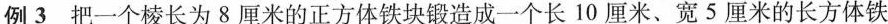
例3 把一个棱长为8厘米的正方体铁块锻造成一个长10厘米、宽5厘米的长方体铁